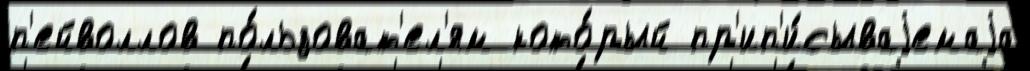
п'ейволлов по́льзоват'ел'ям кото́рый пр'ип'и́сываjемаjа